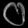
Digit: ၀